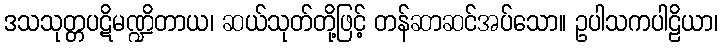
ဒသသုတ္တပဋိမဏ္ဍိတာယ၊ ဆယ်သုတ်တို့ဖြင့် တန်ဆာဆင်အပ်သော။ ဥပါသကပါဠိယာ၊